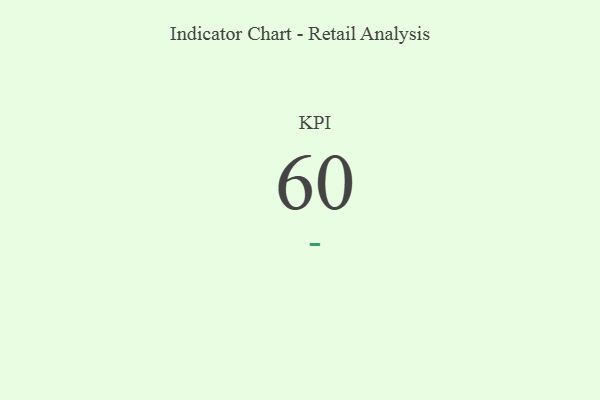
{"axis": {"x": "KPI", "y": "Value"}, "legend": [""], "data": [{"x": "KPI", "y": 60, "type": ""}]}